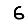
Digit: 6